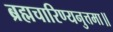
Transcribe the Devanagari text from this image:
ब्रह्मचारिण्यनुत्तमा॥